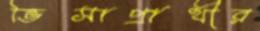
ভিসাপ্রার্থীর